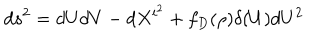
LaTeX: d s ^ { 2 } = d U d V - d X ^ { i ^ { 2 } } + f _ { D } ( \rho ) \delta ( U ) d U ^ { 2 }